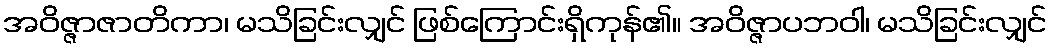
အဝိဇ္ဇာဇာတိကာ၊ မသိခြင်းလျှင် ဖြစ်ကြောင်းရှိကုန်၏။ အဝိဇ္ဇာပဘဝါ၊ မသိခြင်းလျှင်